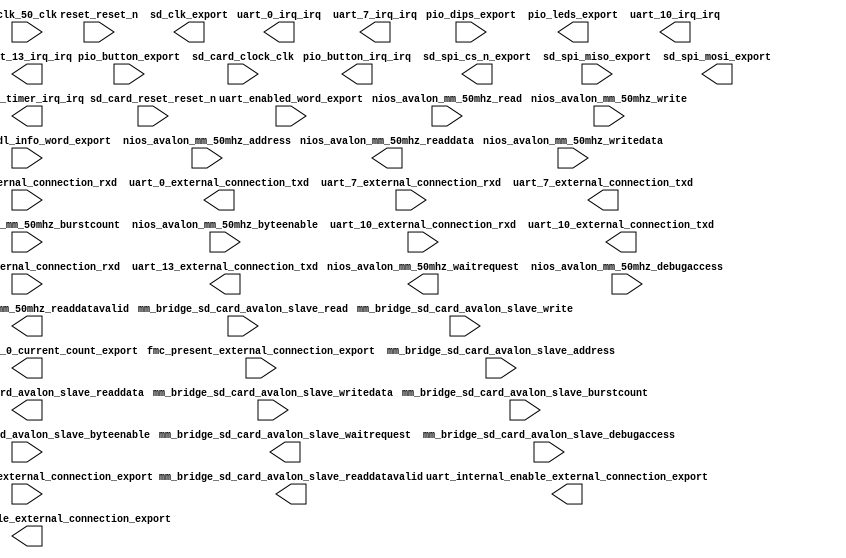

module linnux_support_red_uarts_w_sd_card (
	clk_50_clk,
	counter_64_bit_0_current_count_export,
	fmc_present_external_connection_export,
	generic_hdl_info_word_export,
	hires_timer_irq_irq,
	mm_bridge_sd_card_avalon_slave_waitrequest,
	mm_bridge_sd_card_avalon_slave_readdata,
	mm_bridge_sd_card_avalon_slave_readdatavalid,
	mm_bridge_sd_card_avalon_slave_burstcount,
	mm_bridge_sd_card_avalon_slave_writedata,
	mm_bridge_sd_card_avalon_slave_address,
	mm_bridge_sd_card_avalon_slave_write,
	mm_bridge_sd_card_avalon_slave_read,
	mm_bridge_sd_card_avalon_slave_byteenable,
	mm_bridge_sd_card_avalon_slave_debugaccess,
	nios_avalon_mm_50mhz_waitrequest,
	nios_avalon_mm_50mhz_readdata,
	nios_avalon_mm_50mhz_readdatavalid,
	nios_avalon_mm_50mhz_burstcount,
	nios_avalon_mm_50mhz_writedata,
	nios_avalon_mm_50mhz_address,
	nios_avalon_mm_50mhz_write,
	nios_avalon_mm_50mhz_read,
	nios_avalon_mm_50mhz_byteenable,
	nios_avalon_mm_50mhz_debugaccess,
	pio_button_export,
	pio_button_irq_irq,
	pio_dips_export,
	pio_leds_export,
	reset_reset_n,
	sd_card_clock_clk,
	sd_card_reset_reset_n,
	sd_clk_export,
	sd_spi_cs_n_export,
	sd_spi_miso_export,
	sd_spi_mosi_export,
	uart_0_external_connection_rxd,
	uart_0_external_connection_txd,
	uart_0_irq_irq,
	uart_10_external_connection_rxd,
	uart_10_external_connection_txd,
	uart_10_irq_irq,
	uart_13_external_connection_rxd,
	uart_13_external_connection_txd,
	uart_13_irq_irq,
	uart_7_external_connection_rxd,
	uart_7_external_connection_txd,
	uart_7_irq_irq,
	uart_enabled_word_export,
	uart_internal_disable_external_connection_export,
	uart_internal_enable_external_connection_export,
	uart_is_regfile_external_connection_export);	

	input		clk_50_clk;
	output	[63:0]	counter_64_bit_0_current_count_export;
	input	[15:0]	fmc_present_external_connection_export;
	input	[31:0]	generic_hdl_info_word_export;
	output		hires_timer_irq_irq;
	output		mm_bridge_sd_card_avalon_slave_waitrequest;
	output	[31:0]	mm_bridge_sd_card_avalon_slave_readdata;
	output		mm_bridge_sd_card_avalon_slave_readdatavalid;
	input	[0:0]	mm_bridge_sd_card_avalon_slave_burstcount;
	input	[31:0]	mm_bridge_sd_card_avalon_slave_writedata;
	input	[10:0]	mm_bridge_sd_card_avalon_slave_address;
	input		mm_bridge_sd_card_avalon_slave_write;
	input		mm_bridge_sd_card_avalon_slave_read;
	input	[3:0]	mm_bridge_sd_card_avalon_slave_byteenable;
	input		mm_bridge_sd_card_avalon_slave_debugaccess;
	output		nios_avalon_mm_50mhz_waitrequest;
	output	[31:0]	nios_avalon_mm_50mhz_readdata;
	output		nios_avalon_mm_50mhz_readdatavalid;
	input	[0:0]	nios_avalon_mm_50mhz_burstcount;
	input	[31:0]	nios_avalon_mm_50mhz_writedata;
	input	[10:0]	nios_avalon_mm_50mhz_address;
	input		nios_avalon_mm_50mhz_write;
	input		nios_avalon_mm_50mhz_read;
	input	[3:0]	nios_avalon_mm_50mhz_byteenable;
	input		nios_avalon_mm_50mhz_debugaccess;
	input	[7:0]	pio_button_export;
	output		pio_button_irq_irq;
	input	[7:0]	pio_dips_export;
	output	[8:0]	pio_leds_export;
	input		reset_reset_n;
	input		sd_card_clock_clk;
	input		sd_card_reset_reset_n;
	output		sd_clk_export;
	output		sd_spi_cs_n_export;
	input		sd_spi_miso_export;
	output		sd_spi_mosi_export;
	input		uart_0_external_connection_rxd;
	output		uart_0_external_connection_txd;
	output		uart_0_irq_irq;
	input		uart_10_external_connection_rxd;
	output		uart_10_external_connection_txd;
	output		uart_10_irq_irq;
	input		uart_13_external_connection_rxd;
	output		uart_13_external_connection_txd;
	output		uart_13_irq_irq;
	input		uart_7_external_connection_rxd;
	output		uart_7_external_connection_txd;
	output		uart_7_irq_irq;
	input	[31:0]	uart_enabled_word_export;
	output	[31:0]	uart_internal_disable_external_connection_export;
	output	[31:0]	uart_internal_enable_external_connection_export;
	input	[31:0]	uart_is_regfile_external_connection_export;
endmodule